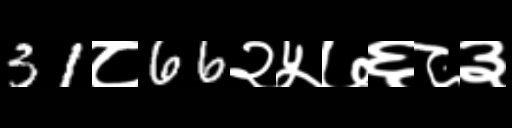
Text: 31८66२५७६८३